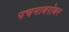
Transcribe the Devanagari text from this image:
पचनाबरोबर